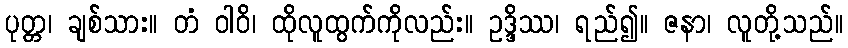
ပုတ္တ၊ ချစ်သား။ တံ ဝါဝိ၊ ထိုလူထွက်ကိုလည်း။ ဥဒ္ဒိဿ၊ ရည်၍။ ဇနာ၊ လူတို့သည်။